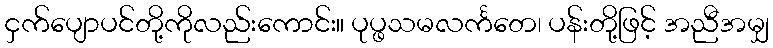
ငှက်ပျောပင်တို့ကိုလည်းကောင်း။ ပုပ္ဖသမလင်္ကတေ၊ ပန်းတို့ဖြင့် အညီအမျှ